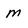
Character: m